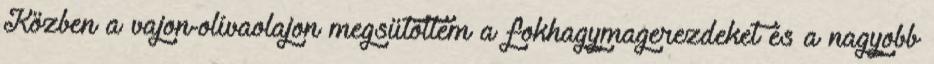
Közben a vajon-olívaolajon megsütöttem a fokhagymagerezdeket és a nagyobb